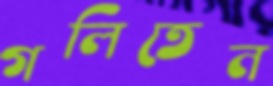
গলিতেন